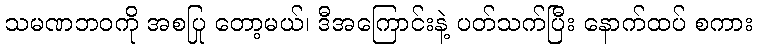
သမဏဘဝကို အစပြု တော့မယ်၊ ဒီအကြောင်းနဲ့ ပတ်သက်ပြီး နောက်ထပ် စကား